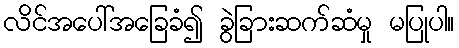
လိင်အပေါ်အခြေခံ၍ ခွဲခြားဆက်ဆံမှု မပြုပါ။